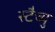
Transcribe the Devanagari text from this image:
स्टैच्यु